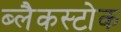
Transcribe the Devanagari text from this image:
ब्लैकस्टोक